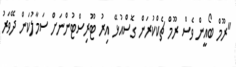
"ރޫމް ބޯއީން ވެސް ރޫމް ޗެކްކުރަން ގޮސްއުޅޭ އިރު ޓޫރިސްޓުންނަށް ސަމާލުކަން ދޭވަރު